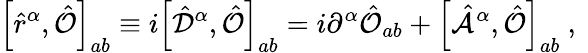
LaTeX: \left[\hat{r}^{\alpha},\hat{\mathcal{O}}\right]_{ab}\equiv i\left[\hat{\mathcal{D}}^{\alpha},\hat{\mathcal{O}}\right]_{ab}=i\partial^{\alpha}\hat{\mathcal{O}}_{ab}+\left[\hat{\mathcal{A}}^{\alpha},\hat{\mathcal{O}}\right]_{ab}\mathrm{~,~}